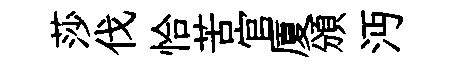
莎伐恰苦官厦頒沔